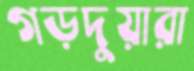
গড়দুয়ারা